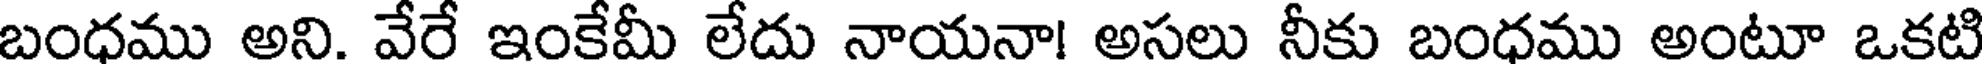
బంధము అని. వేరే ఇంకేమీ లేదు నాయనా! అసలు నీకు బంధము అంటూ ఒకటి